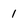
Character: 1